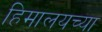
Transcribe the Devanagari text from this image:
हिमालयच्या